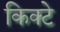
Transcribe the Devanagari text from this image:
किक्टे